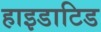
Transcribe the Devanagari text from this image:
हाइडाटिड